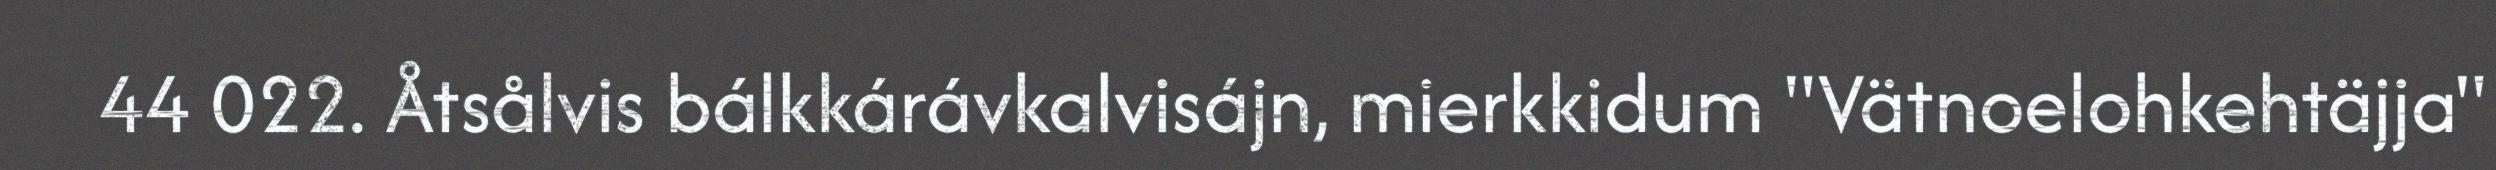
44 022. Åtsålvis bálkkárávkalvisájn, mierkkidum "Vätnoelohkehtäjja"